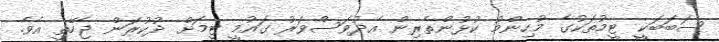
ސަބަބަކީ ޓީމުތަކުގެ މުހިންމު ކުޅުންތެރިން އެދުވަސްވަރު ގައުމީ ޓީމަށް ދުކުރަން ޖެހޭތީ އެވެ.